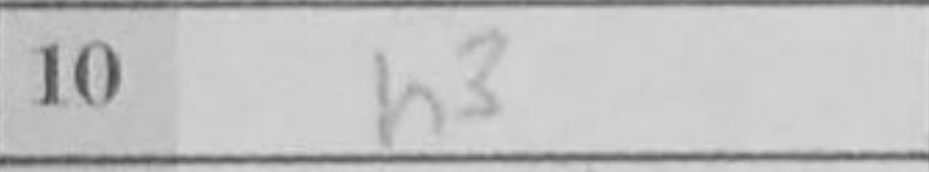
Transcription: h3